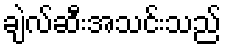
ချဲလ်ဆီးအသင်းသည်